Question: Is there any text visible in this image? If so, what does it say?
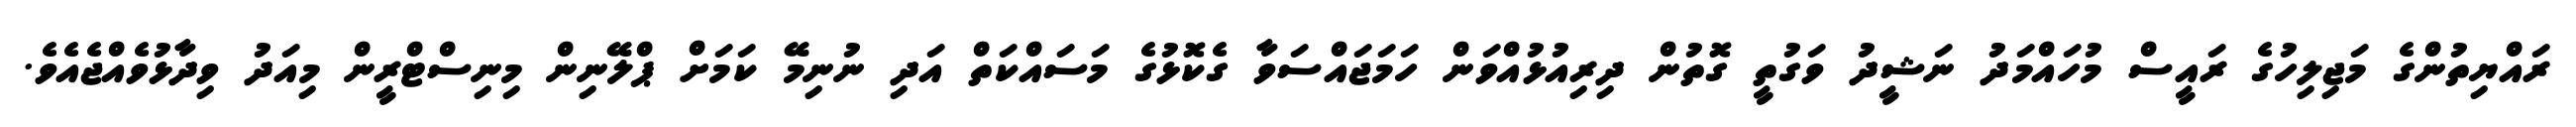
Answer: ރައްޔިތުންގެ މަޖިލިހުގެ ރައީސް މުހައްމަދު ނަޝީދު ވަގުތީ ގޮތުން ދިރިއުޅުއްވަން ހަމަޖައްސަވާ ގެކޮޅުގެ މަސައްކަތް އަދި ނުނިމޭ ކަމަށް ޕްލޭނިން މިނިސްޓްރީން މިއަދު ވިދާޅުވެއްޖެއެވެ.